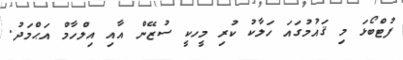
ފުޓްބޯޅަ މި ޤައުމުގައަ ހަލާކު ކުރި މީހކީ ސުޒޭން އާއި އިލްހާމް އަޙްމަދު.